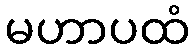
မဟာပထံ